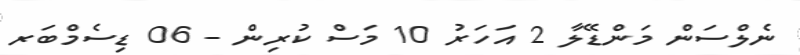
ނެލްސަން މަންޑޭލާ 2 އަހަރު 10 މަސް ކުރިން - 06 ޑިސެމްބަރ